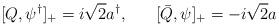
LaTeX: \begin{align*}[Q,\psi^{\dagger}]_{+} = i{ \sqrt 2}a^{\dagger}, \;\;\;\;\;\; [\bar{Q},\psi]_{+} = -i{ \sqrt 2}a\end{align*}